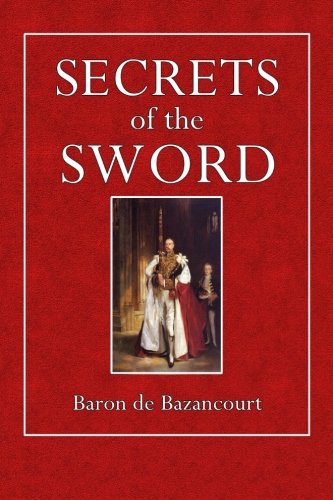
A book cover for Secrets of the Sword; Baron de Bazancourt; Sports & Outdoors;